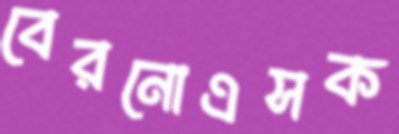
বেরনোএসক